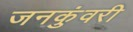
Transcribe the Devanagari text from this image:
जनकुंवरी